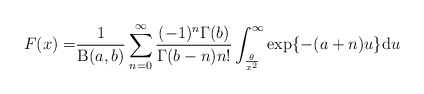
\begin{align*}F(x)=&\frac{1}{\operatorname{B}(a,b)}\sum^{\infty}_{n=0}\frac{(-1)^n\Gamma (b)}{\Gamma(b-n)n!}\int^{\infty}_{\frac{\theta}{x^2}}\exp\{-(a+n)u\}\mathrm{d}u\end{align*}